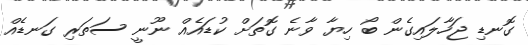
ގޮނޑި ޖަހާލައިގެން ބޯ ހިޔާ ވާނެ ގޮތަށް ކުޑައެއް ނޫނީ ސަތަރި ގަނޑެއް